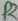
Text: R2